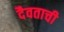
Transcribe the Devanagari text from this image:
दैवताची